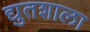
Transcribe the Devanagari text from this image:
द्युतशाला